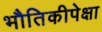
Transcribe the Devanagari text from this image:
भौतिकीपेक्षा